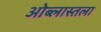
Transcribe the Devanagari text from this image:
ओब्लास्तला